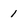
Character: I